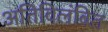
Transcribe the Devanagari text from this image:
अतिविलंबित